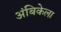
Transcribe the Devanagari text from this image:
अंबिकेला